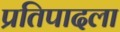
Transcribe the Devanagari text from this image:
प्रतिपादला